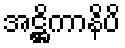
အဋ္ဌိကာနိပိ